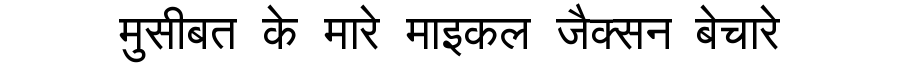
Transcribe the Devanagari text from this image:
मुसीबत के मारे माइकल जैक्सन बेचारे